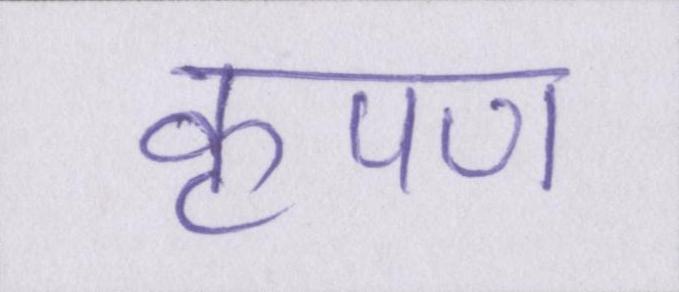
कृपण